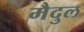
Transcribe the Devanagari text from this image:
मैदुल